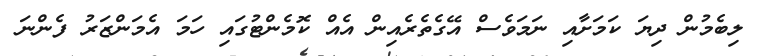
ލިބެމުން ދިޔަ ކަމަށާއި ނަމަވެސް އޭގެތެރެއިން އެއް ކޮމެންޓުގައި ހަމަ އެމަންޒަރު ފެންނަ